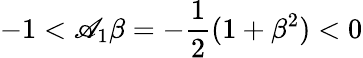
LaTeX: -1<\mathscr{A}_{1}\beta=-\frac{{1}}{{2}}(1+\beta^{2})<0